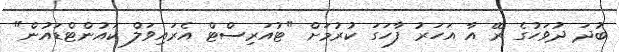
ބުދަ ދުވަހުގެ ރޭ އާ އަހަރު ފާހަގަ ކުރުމަށް "ޓުއަރިސްޓް އެރައިވަލް ކައުންޓްޑައުން"